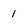
Character: 1